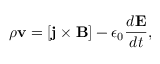
\rho \mathbf { v } = [ \mathbf { j } \times \mathbf { B } ] - \epsilon _ { 0 } \frac { d \mathbf { E } } { d t } ,